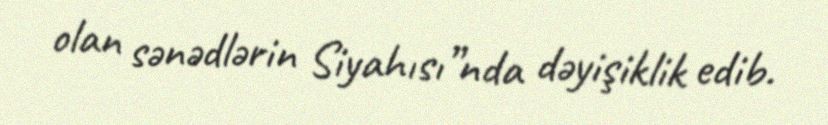
olan sənədlərin Siyahısı”nda dəyişiklik edib.